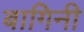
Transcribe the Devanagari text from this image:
बागिनी